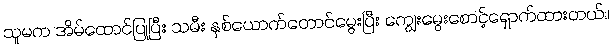
သူမက အိမ်ထောင်ပြုပြီး သမီး နှစ်ယောက်တောင်မွေးပြီး ကျွေးမွေးစောင့်ရှောက်ထားတယ်။